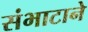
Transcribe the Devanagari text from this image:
संभाटाने